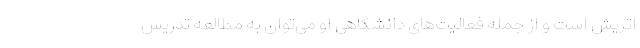
اتریش است و از جمله فعالیت‌های دانشگاهی او می‌توان به مطالعه تدریس